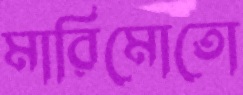
মারিমোতো